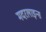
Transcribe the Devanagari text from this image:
मदरलाइन्स